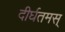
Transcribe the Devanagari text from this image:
दीर्घतमस्‌